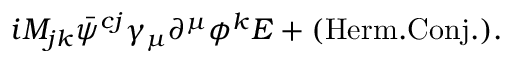
i M _ { j k } { \bar { \psi } ^ { c j } } \gamma _ { \mu } \partial ^ { \mu } \phi ^ { k } E + ( \mathrm { H e r m . C o n j . } ) .